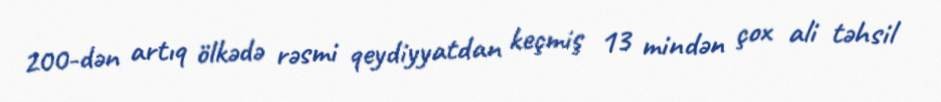
200-dən artıq ölkədə rəsmi qeydiyyatdan keçmiş 13 mindən çox ali təhsil